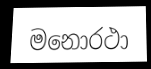
මනොරථා